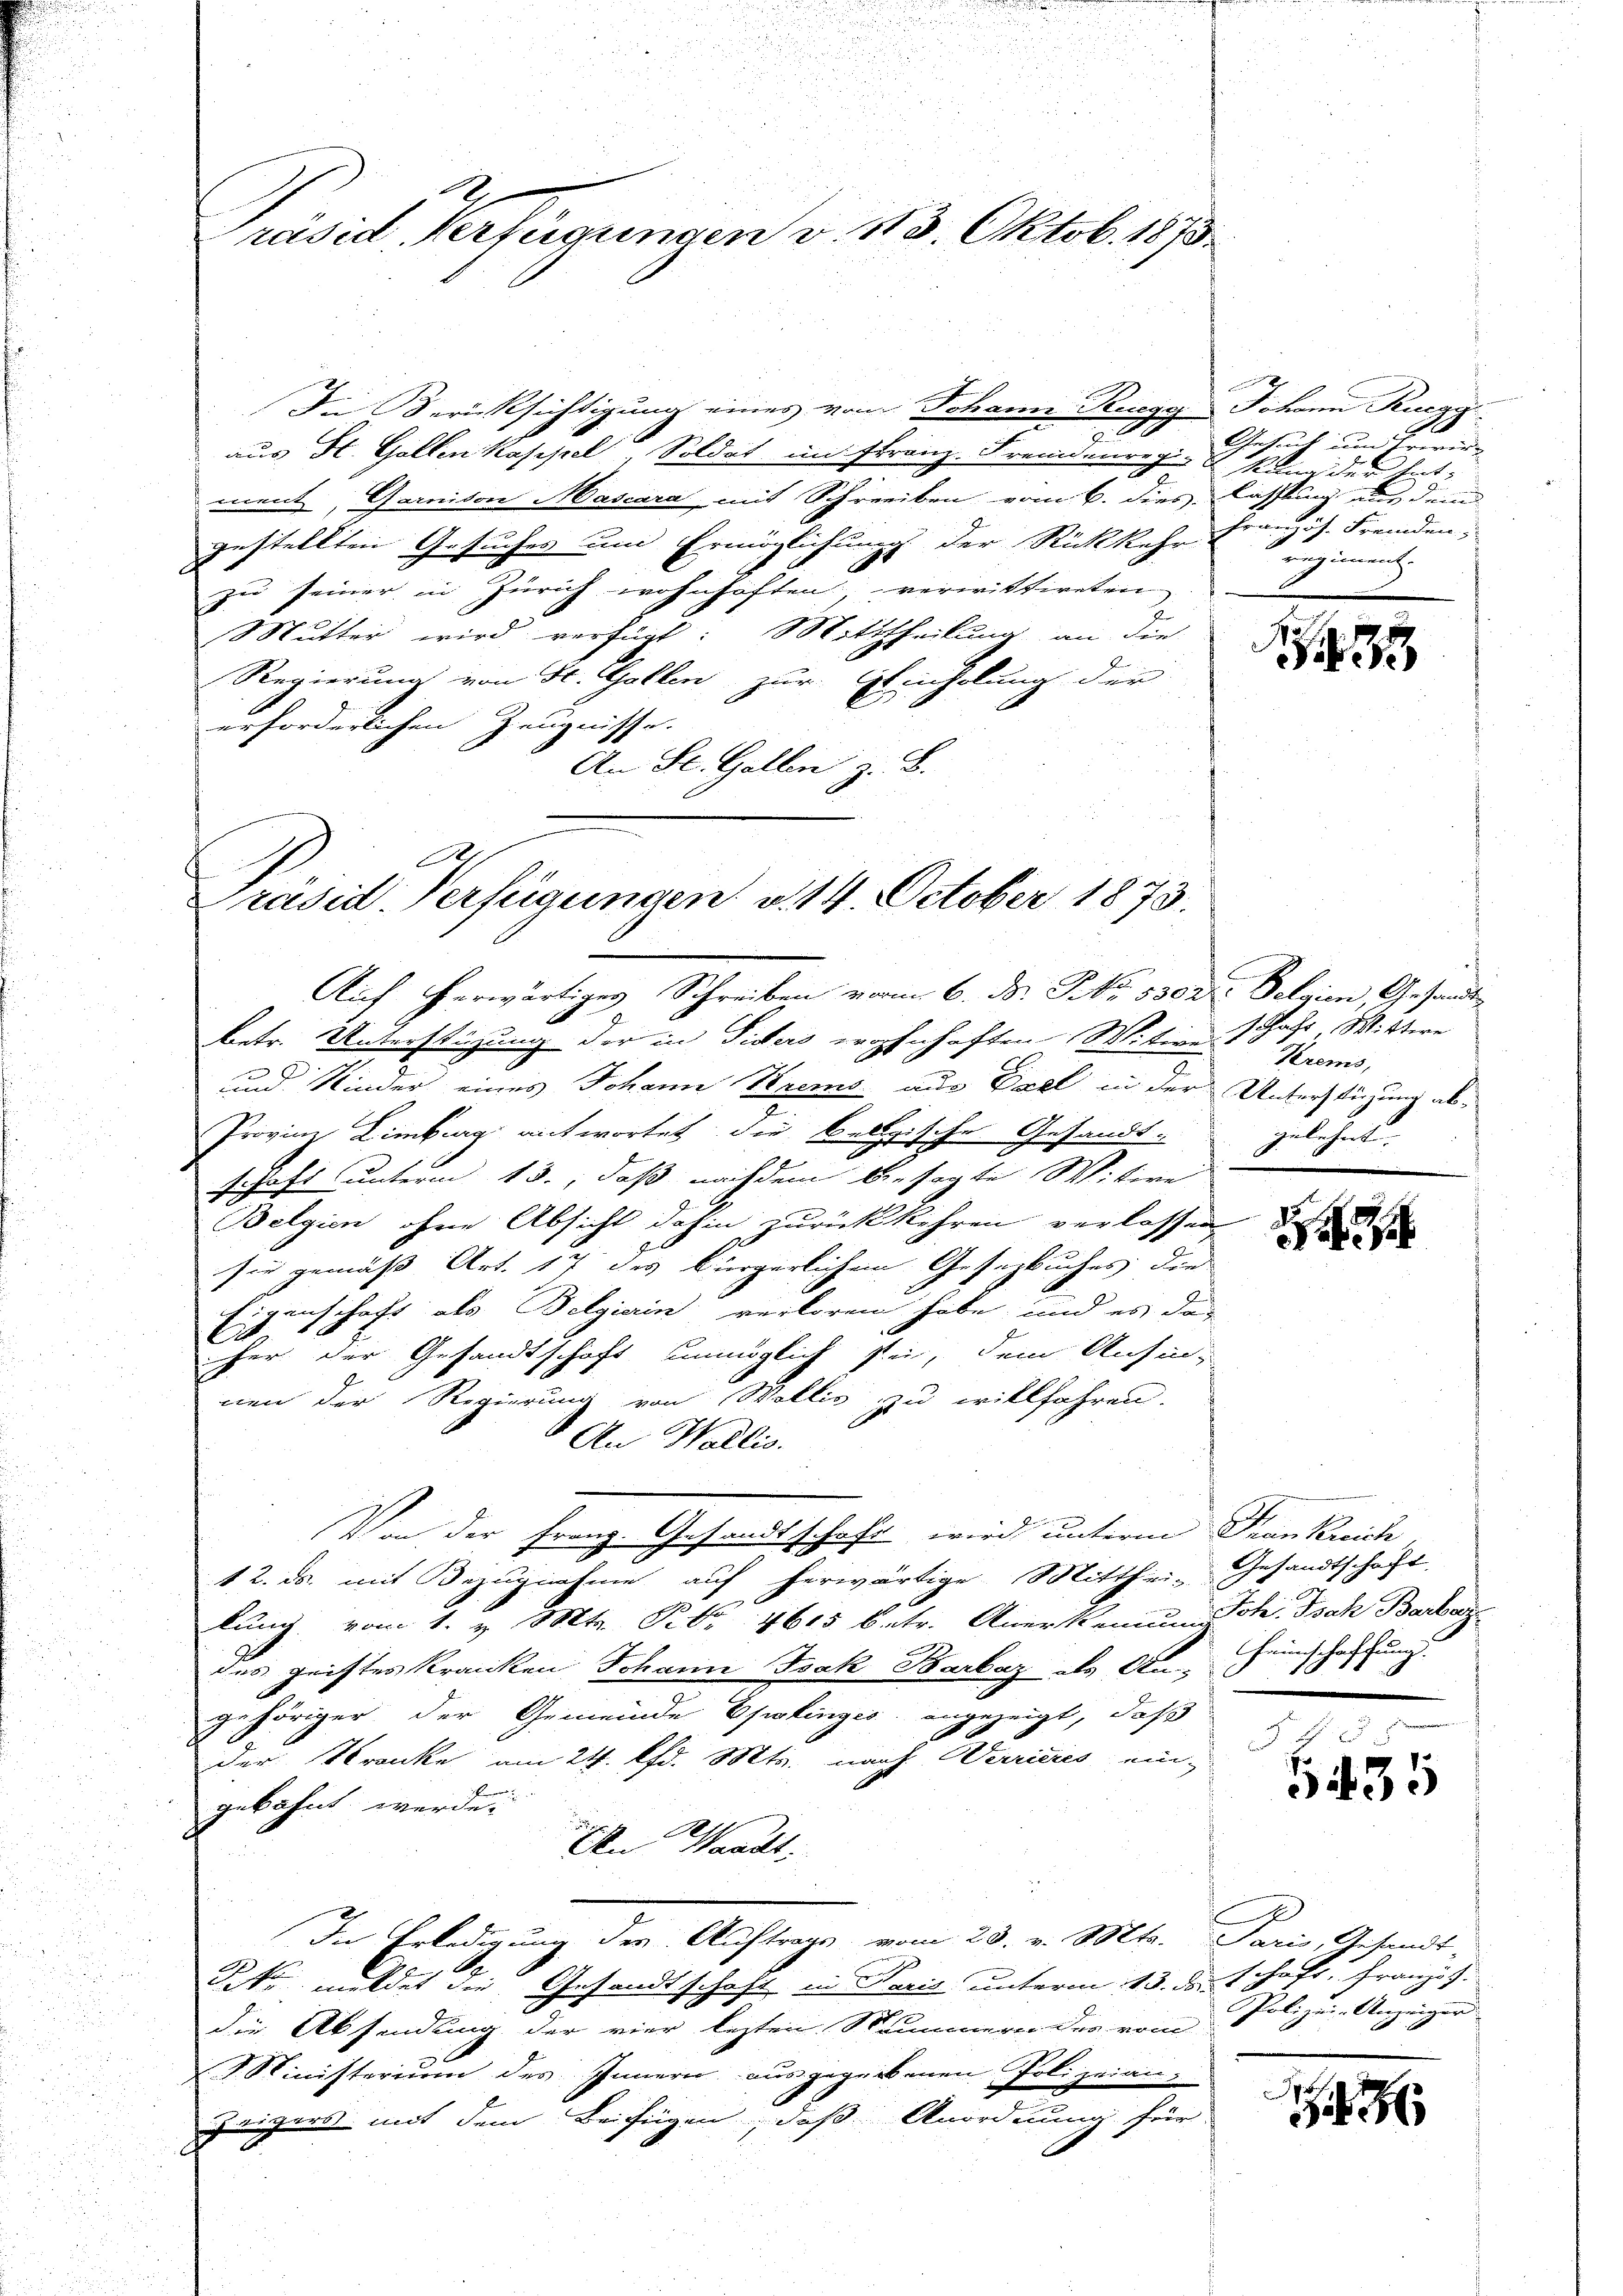
räsid Verfügungen d. 113. Oktob. 1873

Die Berücksichtigung eines vom Johann Ruegg Johann Ruegg

aus St. Gallen Kaspel Soldat im Franz. Fremdenregig von der Entment, Ganton Mascara mit Schreiben vom 6. dies lassen, aus dem
gestellten Gesuches um Ermöglichung der Rückkehr
zu seiner in Zürich wohnhaften verwittireten
Mutter wird verfügt: Mittheilung an die
Regierung von St. Gallen zur Ehenholung der
erforderlichen Zeugnisse.
An St. Gallen z. B.

Präsid. Verfügungen v. 14. October 1873.

Auf herwärtiges Schreiben vom 6. d. P. Nr. 1302. Pelgien, Gesandtbetr. Unterstützung der in Fiders wohnhaften Wition schaft, Wittwe
und Kinder eines Johann Krems aus Fall in der Unterstüzung ab¬
Provinz Limberg antwortet die belgische Gesandt-
schaft unterm 13., daß nachdem besagte Witwe
Belgien ohne Absicht dahin zurückkehren verlassen,
sie gemäß Art. 17 des bürgerlichem Gesezbuches der
Eigenschaft als Belgierin verloren habe, und es das
Ei
her der Gesandtschaft unmöglich sei, dem Ansinnen der Regierung von Wollis zu willfahren.
An Wallis.
Von der Franz. Gesandtschaft wird untere Frankreich
12. ds. mit Bezugnahme auf herwärtige Mitthei- Gesandtschaft
lung vom 1. Mts. P. Nr. 4615 betr. Anerkennungsste. Isak Barbar
des geistes Kranken Johann Isak Barbaz des An
gehöriger der Gemeinde Epalinges angezeigt, daß
der Kranke am 24. lfd. Mts. nach Werrieres ein-
gebahnt werde.
An Waadt,
Die Erledigung des Auftrags vom 28. v. Mts. Paris, Gesandt-
Tiko meldet die Gesandtschaft in Paris unterm 13. d. Schaft, französ.
die Absendung der vier lezten Nummern des vom Polizei- Anzeigen
Ministerium des Innern ausgegebenen Polizeianzeigers mit dem Beifügen, daß Anordnung für

Gesuch um Erwir
Französ. Fremden,
Segiment

Krems,
gelehnt.

d

Heimschaffung.

5 f 5 x
135